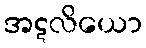
အဋလိယော